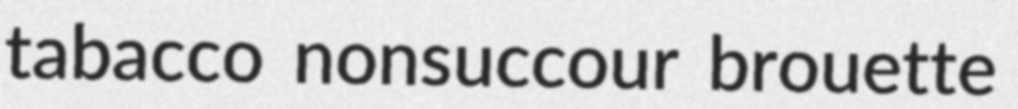
tabacco nonsuccour brouette